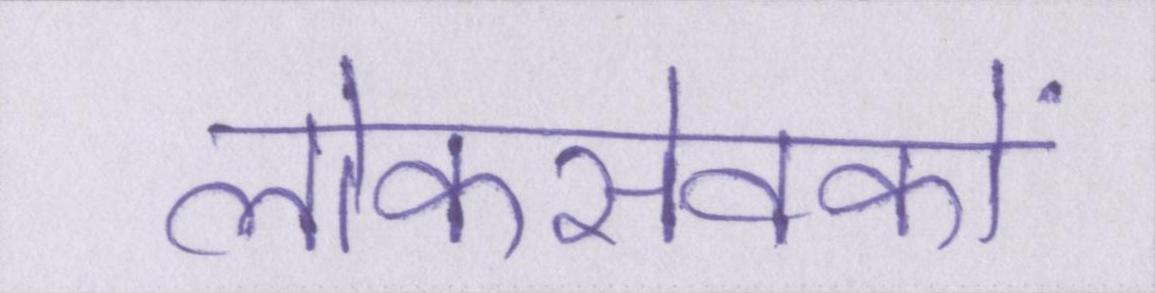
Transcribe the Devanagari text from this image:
लोकसेवकों